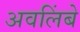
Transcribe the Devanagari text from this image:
अवलिंबे